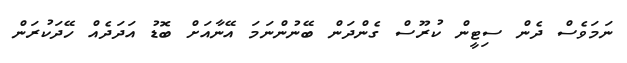
ނަމަވެސް ދެން ސިޓީން ކުރޫސް ގެންދަން ބޭނުންނަމަ އޭނާއަށް ބޮޑު އަދަދެއް ހޭދަކުރަން